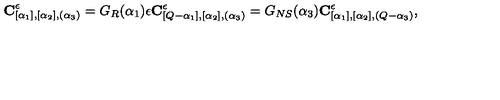
{ \bf C } _ { [ \alpha _ { 1 } ] , [ \alpha _ { 2 } ] , ( \alpha _ { 3 } ) } ^ { \epsilon } = G _ { R } ( \alpha _ { 1 } ) \epsilon { \bf C } _ { [ Q - \alpha _ { 1 } ] , [ \alpha _ { 2 } ] , ( \alpha _ { 3 } ) } ^ { \epsilon } = G _ { N S } ( \alpha _ { 3 } ) { \bf C } _ { [ \alpha _ { 1 } ] , [ \alpha _ { 2 } ] , ( Q - \alpha _ { 3 } ) } ^ { \epsilon } ,